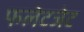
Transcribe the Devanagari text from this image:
फलेटजेट